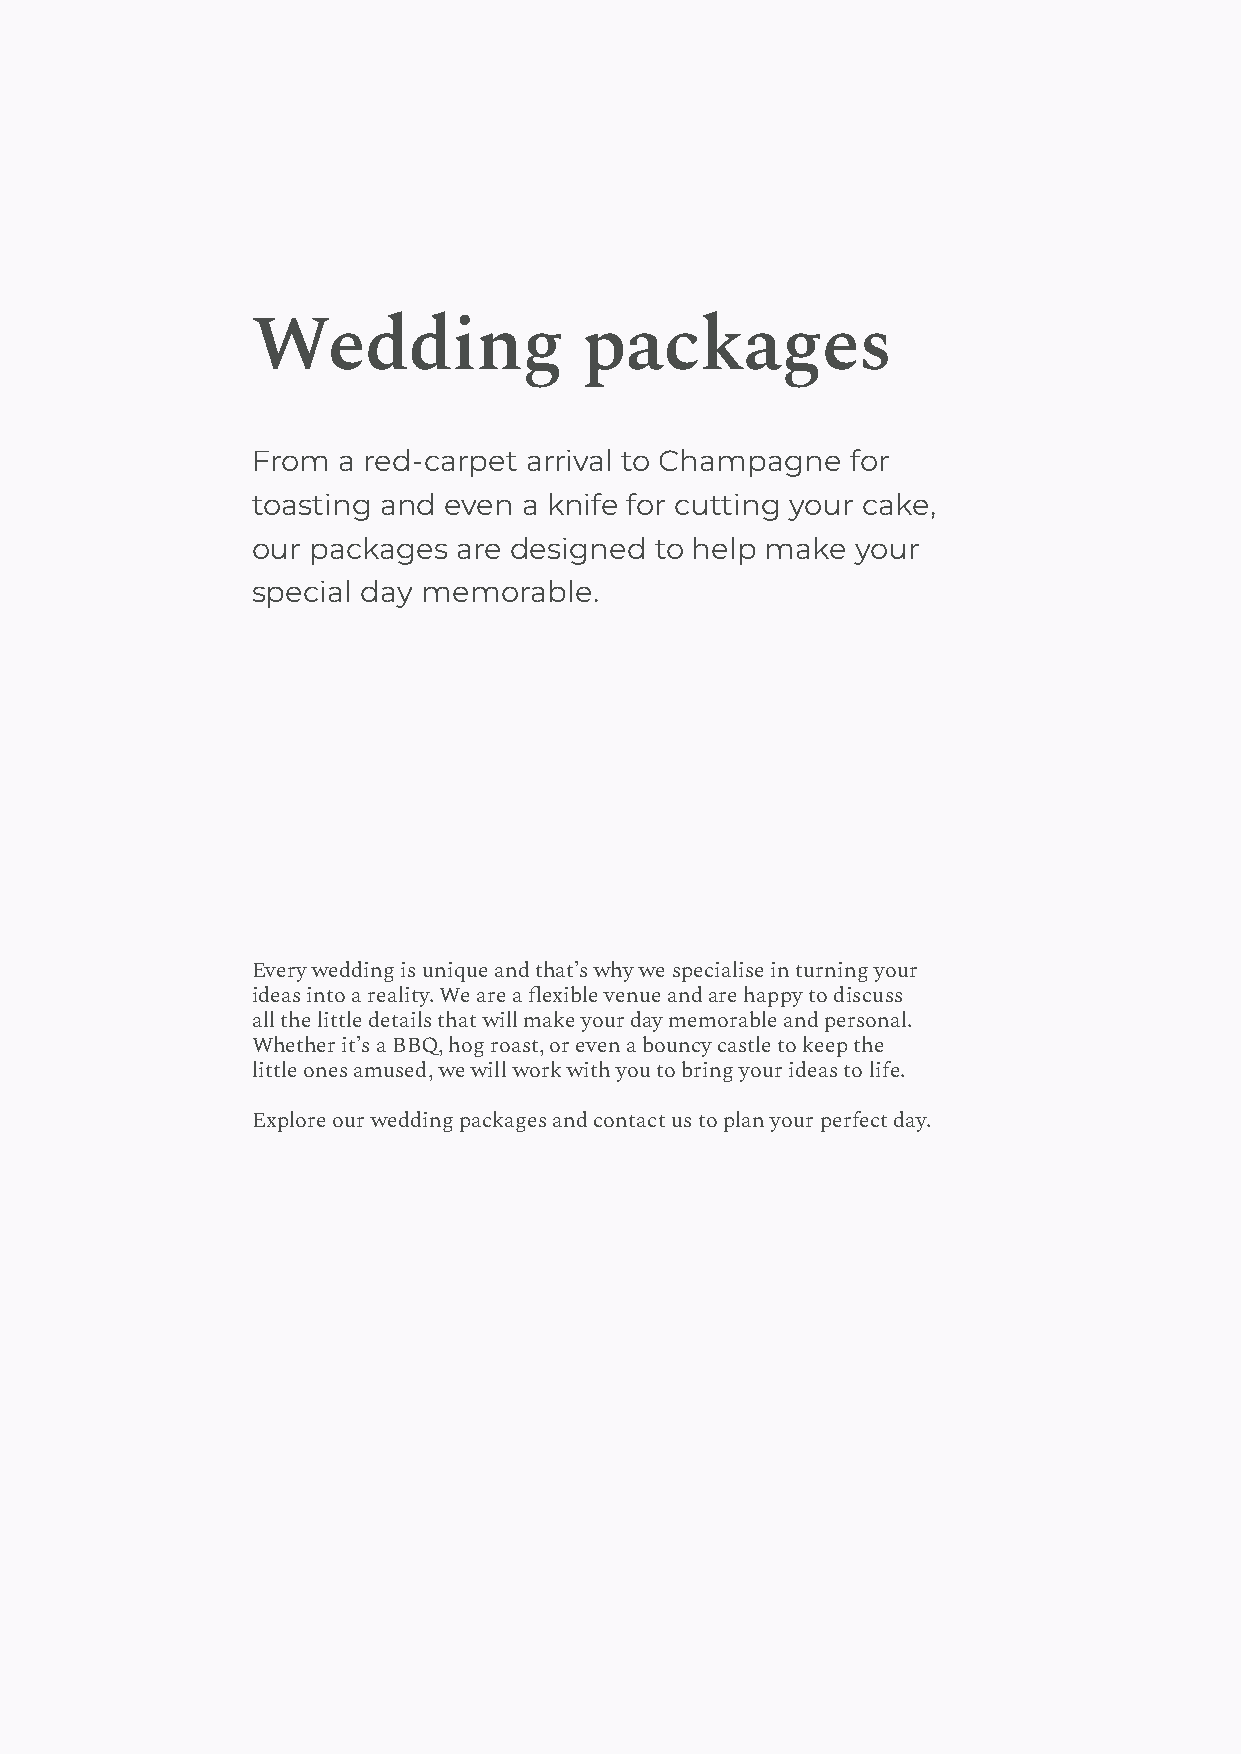
Wedding              packages
 From a red-carpet arrival to Champagne for
 toasting and even a knife for cutting your cake,
 our packages are designed to help make  your
 special day memorable.
 Every wedding is unique and that’s why we specialise in turning your
 ideas into a reality. We are a 昀exible venue and are happy to discuss
 all the little details that will make your day memorable and personal.
 Whether it’s a BBQ, hog roast, or even a bouncy castle to keep the
 little ones amused, we will work with you to bring your ideas to life.
 Explore our wedding packages and contact us to plan your perfect day.